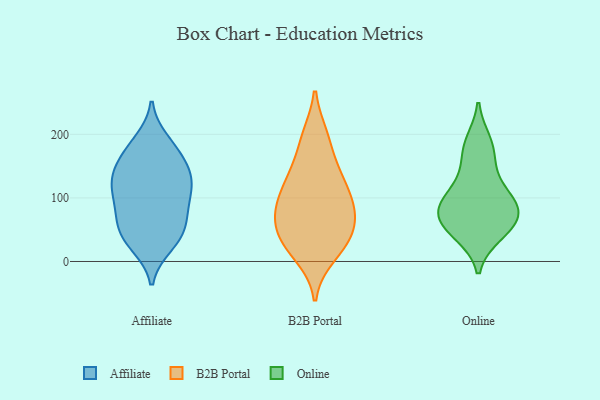
{"axis": {"x": "Gross Profit (USD K)", "y": "Value"}, "legend": ["Affiliate", "B2B Portal", "Online"], "data": [{"x": "", "y": 161, "type": "Affiliate"}, {"x": "", "y": 169, "type": "Affiliate"}, {"x": "", "y": 92, "type": "Affiliate"}, {"x": "", "y": 120, "type": "Affiliate"}, {"x": "", "y": 95, "type": "Affiliate"}, {"x": "", "y": 81, "type": "Affiliate"}, {"x": "", "y": 45, "type": "Affiliate"}, {"x": "", "y": 108, "type": "Affiliate"}, {"x": "", "y": 44, "type": "Affiliate"}, {"x": "", "y": 61, "type": "Affiliate"}, {"x": "", "y": 135, "type": "Affiliate"}, {"x": "", "y": 57, "type": "Affiliate"}, {"x": "", "y": 134, "type": "Affiliate"}, {"x": "", "y": 182, "type": "Affiliate"}, {"x": "", "y": 140, "type": "Affiliate"}, {"x": "", "y": 190, "type": "Affiliate"}, {"x": "", "y": 25, "type": "Affiliate"}, {"x": "", "y": 27, "type": "Affiliate"}, {"x": "", "y": 128, "type": "Affiliate"}, {"x": "", "y": 126, "type": "B2B Portal"}, {"x": "", "y": 196, "type": "B2B Portal"}, {"x": "", "y": 82, "type": "B2B Portal"}, {"x": "", "y": 26, "type": "B2B Portal"}, {"x": "", "y": 96, "type": "B2B Portal"}, {"x": "", "y": 137, "type": "B2B Portal"}, {"x": "", "y": 96, "type": "B2B Portal"}, {"x": "", "y": 75, "type": "B2B Portal"}, {"x": "", "y": 32, "type": "B2B Portal"}, {"x": "", "y": 137, "type": "B2B Portal"}, {"x": "", "y": 10, "type": "B2B Portal"}, {"x": "", "y": 62, "type": "B2B Portal"}, {"x": "", "y": 58, "type": "B2B Portal"}, {"x": "", "y": 192, "type": "B2B Portal"}, {"x": "", "y": 32, "type": "B2B Portal"}, {"x": "", "y": 48, "type": "Online"}, {"x": "", "y": 84, "type": "Online"}, {"x": "", "y": 189, "type": "Online"}, {"x": "", "y": 168, "type": "Online"}, {"x": "", "y": 71, "type": "Online"}, {"x": "", "y": 42, "type": "Online"}, {"x": "", "y": 101, "type": "Online"}, {"x": "", "y": 130, "type": "Online"}, {"x": "", "y": 91, "type": "Online"}, {"x": "", "y": 69, "type": "Online"}]}